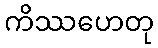
ကိဿဟေတု